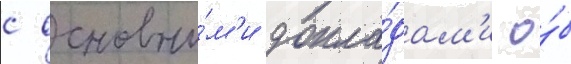
с основны́м'и докла́дам'и о́б